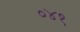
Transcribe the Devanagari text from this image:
०४१